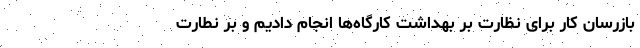
بازرسان کار برای نظارت بر بهداشت کارگاه‌ها انجام دادیم و بر نطارت